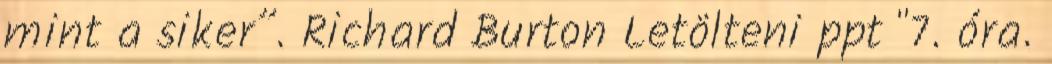
mint a siker”. Richard Burton Letölteni ppt "7. óra.